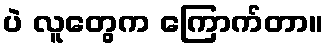
ပဲ လူတွေက ကြောက်တာ။